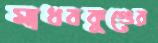
মাধবকুণ্ডের